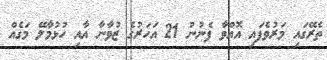
ތެރޭގައި މަރުވެފައި އޮއްވާ ފެނުނު 21 އަހަރުގެ ޒުވާނާ އާއި ހުޅުމާލޭ މަގެއް